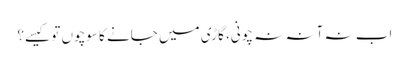
اب نہ آنہ نہ چونی، گاڑی میں جانے کا سوچوں تو کیسے؟